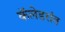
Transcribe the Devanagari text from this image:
कॅलेडरांत